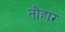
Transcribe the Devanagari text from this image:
तौहार